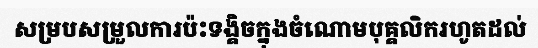
សម្របសម្រួលការប៉ះទង្គិចក្នុងចំណោមបុគ្គលិករហូតដល់